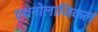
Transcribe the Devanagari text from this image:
एथनोलाजिकल